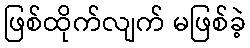
ဖြစ်ထိုက်လျက် မဖြစ်ခဲ့